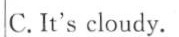
C. It's cloudy.